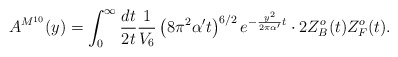
\begin{align*}A^{M^{10}}(y) = \int_0^\infty {{dt} \over {2t}} {1 \over {V_6}} \left( 8 \pi^2 \alpha' t \right)^{6/2} e^{- {{y^2} \over {2 \pi \alpha'}} t} \cdot 2 Z^o_B(t)Z^o_F(t).\end{align*}